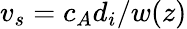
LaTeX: v_{s}=c_{A}d_{i}/w(z)